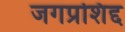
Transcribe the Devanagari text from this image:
जगप्रशिद्द